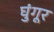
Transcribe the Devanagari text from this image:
घुंगूर